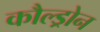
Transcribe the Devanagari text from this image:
कौल्ड्रोन